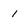
Character: 1